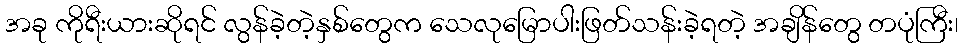
အခု ကိုရီးယားဆိုရင် လွန်ခဲ့တဲ့နှစ်တွေက သေလုမြောပါးဖြတ်သန်းခဲ့ရတဲ့ အချိန်တွေ တပုံကြီး၊